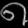
Digit: ၈